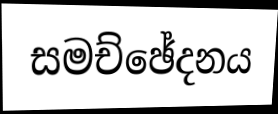
සමච්ඡේදනය